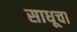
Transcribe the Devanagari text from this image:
साधूचा